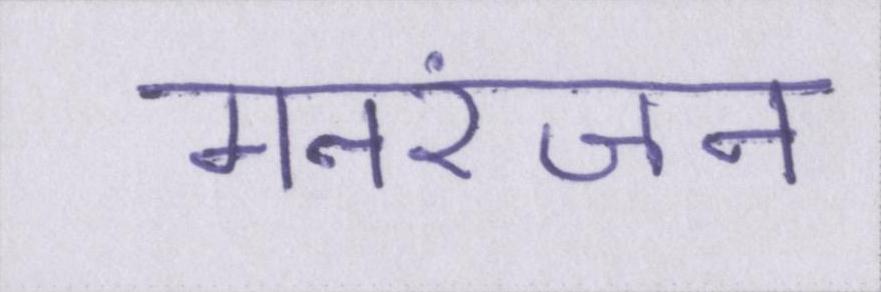
मनरंजन